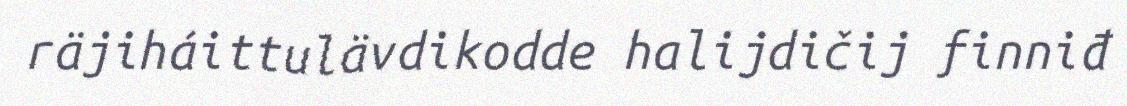
räjiháittulävdikodde halijdičij finniđ